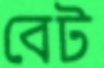
বেট